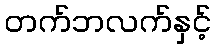
တက်ဘလက်နှင့်